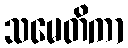
သမေတိကာ